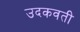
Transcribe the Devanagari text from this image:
उदकवती